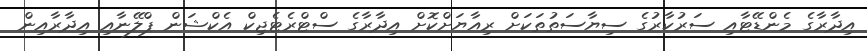
އިދާރާގެ މެންޑޭޓާއި ސަރުކާރުގެ ސިޔާސަތުތަކަށް ރިއާޔަށްކޮށް އިދާރާގެ ސްޓްރެޓެޖިކް އެކްޝަން ޕްލޭނާއި އިދާރާއިން